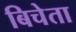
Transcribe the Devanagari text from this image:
बिचेता